Annual report on the working of the Harcourt Butler Institute of Public Health, Rangoon
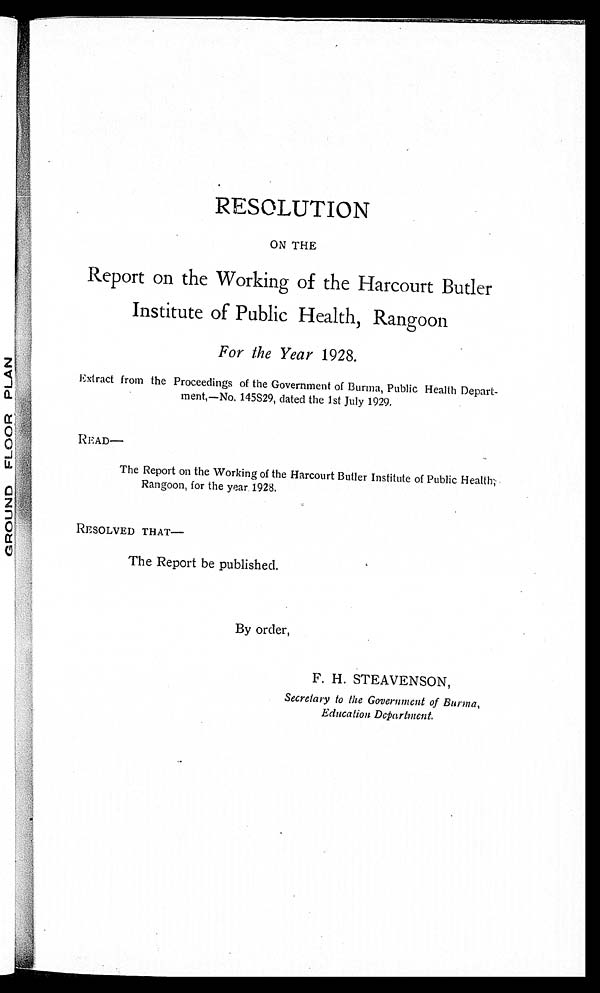
RESOLUTION
ON THE
Report on the Working of the Harcourt Butler
Institute of Public Health, Rangoon
For the Year 1928.
Extract from the Proceedings of the Government of Burma, Public Health Depart-
ment,—No. 145S29, dated the 1st July 1929.
READ—
The Report on the Working of the Harcourt Butler Institute of Public Health
, Rangoon, for the year 1928.
RESOLVED THAT—
The Report be published.
By order,
F. H. STEAVENSON,
Secretary to the Government of Burma,
Education Department.